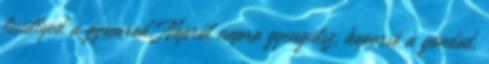
lesüllyed a gyomrod, Napról napra gyengülsz, koporsó a gondod.